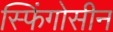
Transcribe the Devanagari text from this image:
स्फिंगोसीन